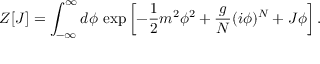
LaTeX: Z [ J ] = \int _ { - \infty } ^ { \infty } d \phi \, \exp \left[ - { \frac { 1 } { 2 } } m ^ { 2 } \phi ^ { 2 } + { \frac { g } { N } } ( i \phi ) ^ { N } + J \phi \right] .